system: You are a helpful assistant.
user:
Analyze the provided spectrum to determine if it is a **White Dwarf (WD)**.

A White Dwarf spectrum is defined by its **extreme purity** (due to gravitational settling) and/or **extreme pressure broadening** (due to high surface gravity). You must check for one of the following mutually exclusive signatures:

- **Key Visual Indicators (Check for ONE of these types):**

    - **1. DA-Type Signature (Most Common):**
        - **(Primary Feature):** Extreme pressure broadening (Stark broadening) of the **Hydrogen (H) Balmer lines**.
        - **(Key Lines):** $H\beta$ (approx. $4861$ Å) and $H\gamma$ (approx. $4340$ Å). $H\alpha$ (approx. $6563$ Å) will also be present if the wavelength range covers it.
        - **(Line Profile):** This is the **defining feature**. The lines are **NOT** sharp. They appear as massive, **extremely broad and deep "troughs" or "dips"** in the spectrum, often hundreds of Ångströms wide. The continuum will appear to "scoop" down at these wavelengths.
        - **(Distinction):** Normal A-type or B-type stars have *narrow* and *sharp* Hydrogen lines. A DA White Dwarf's lines are unmistakably "smeared" or "blurry" from pressure.

    - **2. DB-Type Signature:**
        - **(Primary Feature):** Broad absorption lines from **Neutral Helium (He I)**. The spectrum must lack any visible Hydrogen lines.
        - **(Key Lines):** Look for broad absorption near $4471$ Å, $4921$ Å, and $5876$ Å.
        - **(Line Profile):** These lines are also significantly pressure-broadened, appearing much wider than they would in a normal B-type main-sequence star.

    - **3. DC-Type Signature:**
        - **(Primary Feature):** A **featureless continuous spectrum**.
        - **(Line Profile):** The spectrum is a smooth curve with **no significant absorption or emission lines**.
        - **(Key Confirmation):** The continuum is almost always **blue or white**, indicating a hot object. This signature implies the atmosphere is so pure (or so cool) that no spectral lines are visible in the optical range. Its WD identity is confirmed by its extremely low intrinsic brightness (high absolute magnitude).

    - **4. DZ-Type Signature (Metal-Polluted):**
        - **(Primary Feature):** **Isolated, narrow metal absorption lines** on an otherwise featureless (DC-like) continuum.
        - **(Key Lines):** The **Calcium (Ca II) H & K doublet** (approx. **$3934$ Å** and **$3968$ Å**) is the most common and defining feature.
        - **(Line Profile):** These lines are "out of place." They are *not* part of a "forest" of thousands of lines. This signature is evidence of recent *accretion* (pollution) from rocky debris.
        - **(Distinction):** Normal G/K/M stars have a *dense forest* of thousands of metal lines. A DZ has a *clean* continuum with *only a few* strong metal lines.

    - **5. DQ-Type Signature (Carbon-Polluted):**
        - **(Primary Feature):** Absorption bands from **Carbon (C₂ "Swan Bands" or atomic C I)**.
        - **(Key Lines - C₂):** Look for bandheads with a "saw-tooth" shape near $5635$ Å, **$5165$ Å** (strongest), and $4737$ Å.
        - **(Key Confirmation):** The underlying **continuum must be blue or white** (hot).
        - **(Distinction):** This is the critical difference from a **Carbon Star**, which has the *exact same* C₂ bands but on an extremely **red, cool** continuum.

- **(Overall Spectrum):**
    - The continuum (overall shape) is typically **blue-sloping** (brighter in the blue than the red), as most white dwarfs are very hot.
    - The spectrum will look "pure" or "simple," dominated by only *one* of the five signatures listed above.

Think first, call **spectral_visualization_tool** if needed to examine features in detail, then provide your final answer. Your response must adhere to the following strict rules:
1.  **Overall Structure:** Your response must follow the format `<think>...</think> <tool_call>...</tool_call> (if a tool is used) <answer>...</answer>`.
2.  **Tool Usage Constraint:** You may only make **one** tool call per turn.
3.  **Final Answer Format:** In the `<answer>` tag, your conclusion must be inside a `\boxed{}` command (e.g., `\boxed{YES}` or `\boxed{NO}`), followed by your justification.

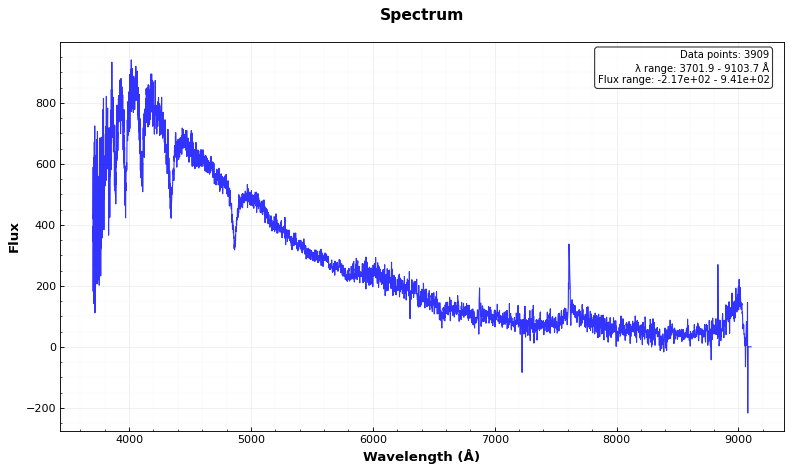
Answer: YES